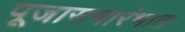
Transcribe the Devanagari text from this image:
पूजासमारंभात